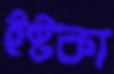
ইষ্টকা